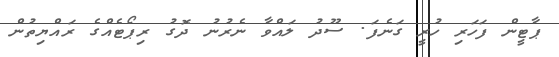
ޕާޓީން ފަހަރި ހުރީ ގަނެފަ. ސޫދު ލައްވާ ނެރުނު ދޮގު ރިޕޯޓެއްގެ ރައްޔިތުން